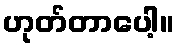
ဟုတ်တာပေါ့။